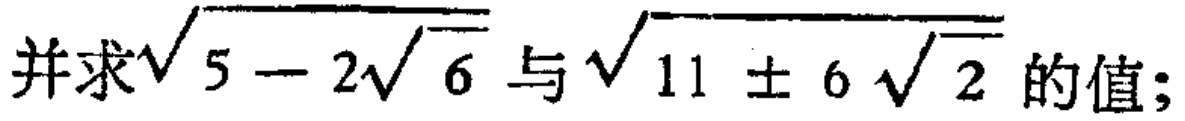
并求\(\sqrt{5 - 2\sqrt{6}}\)与\(\sqrt{11 \pm 6\sqrt{2}}\)的值；